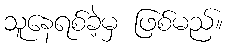
သူနေရစ်ခဲ့မှ ဖြစ်မည်။